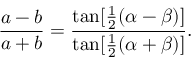
{ \frac { a - b } { a + b } } = { \frac { \tan [ { \frac { 1 } { 2 } } ( \alpha - \beta ) ] } { \tan [ { \frac { 1 } { 2 } } ( \alpha + \beta ) ] } } .